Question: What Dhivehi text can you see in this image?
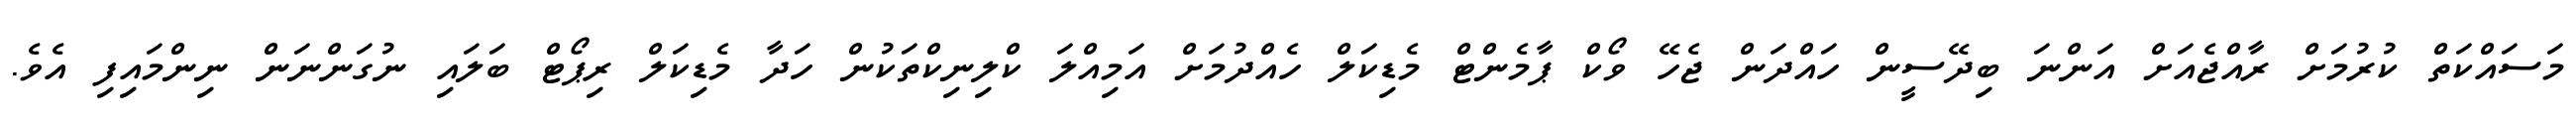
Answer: މަސައްކަތް ކުރުމަށް ރާއްޖެއަށް އަންނަ ބިދޭސީން ހައްދަން ޖެހޭ ވޯކް ޕާމެންޓް މެޑިކަލް ހެއްދުމަށް އަމިއްލަ ކްލިނިކްތަކުން ހަދާ މެޑިކަލް ރިޕޯޓް ބަލައި ނުގަންނަން ނިންމައިފި އެވެ.